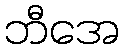
ဘီအေ